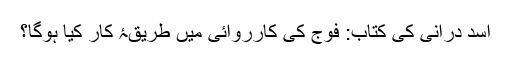
اسد درانی کی کتاب: فوج کی کارروائی میں طریقۂ کار کیا ہوگا؟